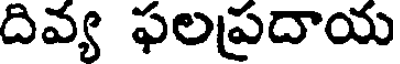
దివ్య ఫలప్రదాయ